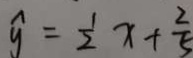
\widehat { y } = \frac { 1 } { 2 } x + \frac { 2 } { 5 }